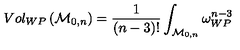
V o l _ { W P } \left( { \cal M } _ { 0 , n } \right) = \frac { 1 } { ( n - 3 ) ! } \int _ { { \cal M } _ { 0 , n } } \omega _ { W P } ^ { n - 3 }